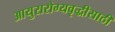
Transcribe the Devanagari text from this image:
आयुरारोग्यवृद्धीसाठी